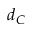
d _ { C }